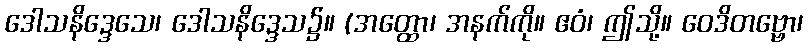
ဒေါသနိဒ္ဒေသေ၊ ဒေါသနိဒ္ဒေသ၌။ (အတ္ထော၊ အနက်ကို။ ဧဝံ၊ ဤသို့။ ဝေဒိတဗ္ဗော၊